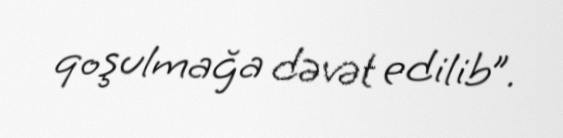
qoşulmağa dəvət edilib”.